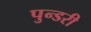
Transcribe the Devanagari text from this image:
पुन्डरी